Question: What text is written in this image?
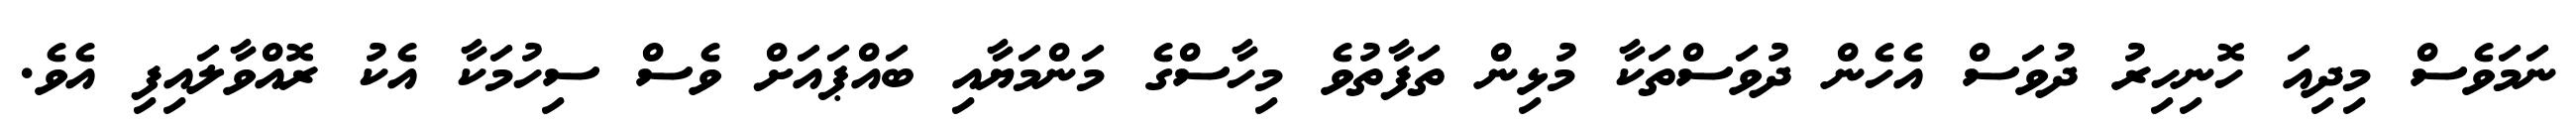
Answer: ނަމަވެސް މިދިއަ ހޮނިހިރު ދުވަސް އެހެން ދުވަސްތަކާ މުޅިން ތަފާތުވެ މިހާސްގެ މަންމަޔާއި ބައްޕައަށް ވެސް ސިހުމަކާ އެކު ރޮއްވާލައިފި އެވެ.